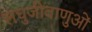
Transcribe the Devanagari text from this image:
लघुजीवाणुओं